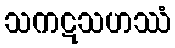
သကဋသဟဿံ